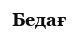
Бедағ